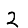
Digit: 2